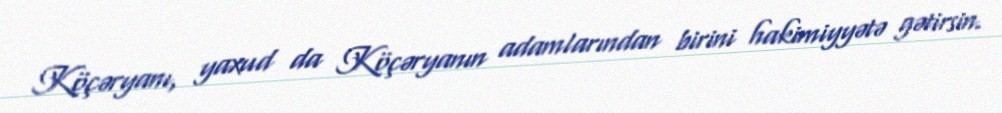
Köçəryanı, yaxud da Köçəryanın adamlarından birini hakimiyyətə gətirsin.